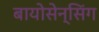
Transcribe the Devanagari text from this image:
बायोसेन्सिंग